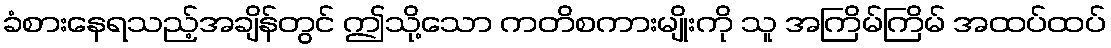
ခံစားနေရသည့်အချိန်တွင် ဤသို့သော ကတိစကားမျိုးကို သူ အကြိမ်ကြိမ် အထပ်ထပ်